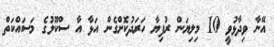
އޭނާ ވިދާޅުވީ 10 މިލިޔަން ރުފިޔާ ހަރަދުކޮށްގެން އަޅާ އާ ސްކޫލުގެ މަސައްކަތް